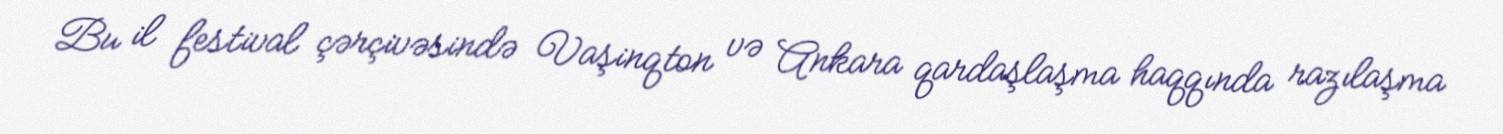
Bu il festival çərçivəsində Vaşinqton və Ankara qardaşlaşma haqqında razılaşma